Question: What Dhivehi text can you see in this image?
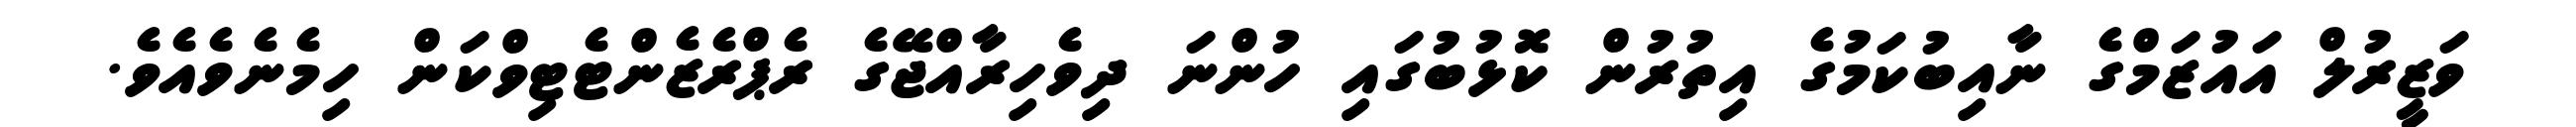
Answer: ވަޒީރުލް އައުޒަމްގެ ނާއިބުކަމުގެ އިތުރުން ކޮޅުބުގައި ހުންނަ ދިވެހިރާއްޖޭގެ ރެޕްރެޒެންޓެޓިވްކަން ހިމެނެވެއެވެ.